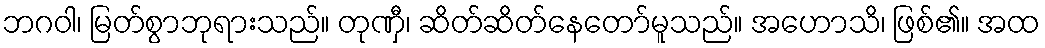
ဘဂဝါ၊ မြတ်စွာဘုရားသည်။ တုဏှီ၊ ဆိတ်ဆိတ်နေတော်မူသည်။ အဟောသိ၊ ဖြစ်၏။ အထ